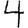
Digit: 4